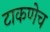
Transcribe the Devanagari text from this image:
टाकणेच